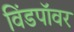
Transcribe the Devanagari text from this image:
विंडपॉवर